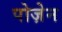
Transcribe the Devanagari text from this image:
पोज़ेन